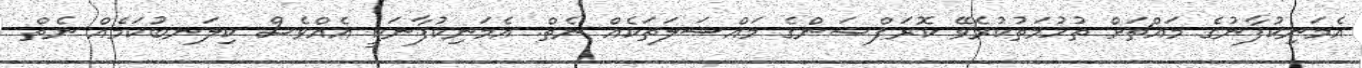
އެމަނިކުފާނުގެ މައްޗަށް ތުހުމަތުކުރެވޭ ކޮރަޕްޝަންގެ މައްސަލަތަކެއް ނެތް. އެމަނިކުފާނަކީ އެއްވެސް ކިލަނބުކަމެއް ނެތް